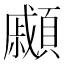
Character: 顣